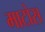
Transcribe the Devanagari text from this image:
माटोस